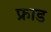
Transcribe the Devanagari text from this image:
फ्राड